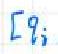
$[q_{i}$